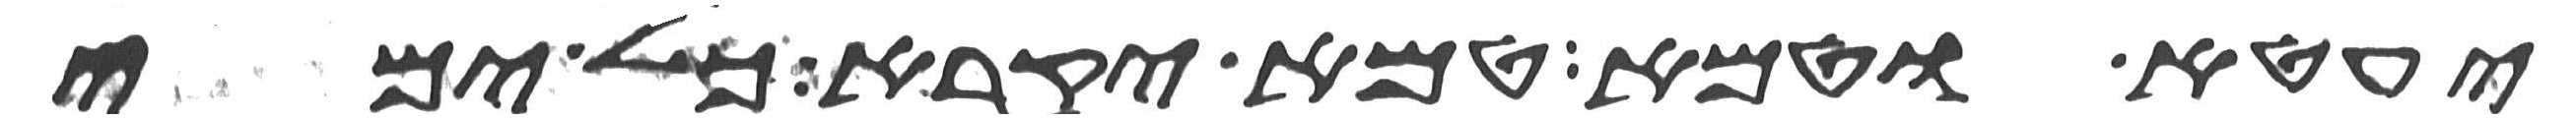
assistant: יעטא וטמא טמא יקרא כל ימי